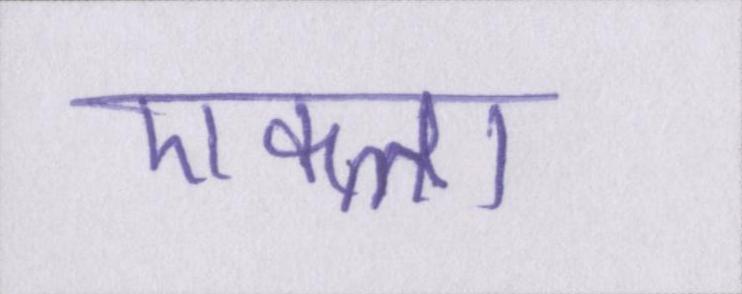
एकला